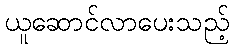
ယူဆောင်လာပေးသည့်